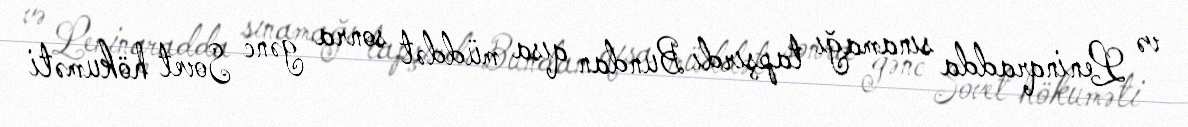
və Leninqradda sınamağı tapşırdı Bundan qısa müddət sonra gənc Sovet hökuməti